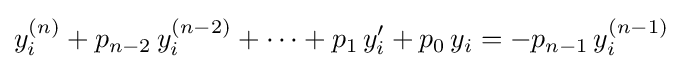
y_{i}^{(n)}+p_{n-2}\,y_{i}^{(n-2)}+\cdots +p_{1}\,y'_{i}+p_{0}\,y_{i}=-p_{n-1}\,y_{i}^{(n-1)}